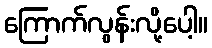
ကြောက်လွန်းလို့ပေါ့။